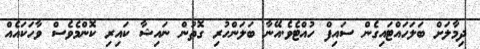
ދިމާލަށް ބަލަހައްޓައިގެން ސައިފް ހުއްޓެވެ.އޭނާ ބަލަންހުރި ގޮތުން ނައިޝާ ކައިރި ކޮންމެވެސް ވާހަކައެއް